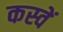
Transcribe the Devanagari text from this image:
कस्वें